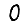
Digit: 0